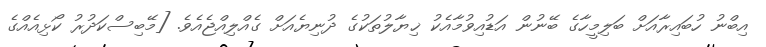
އިބްނު ހުބައިރާއަށް ބަލިމީހާގެ ބޭނުން އަޑުއިވުމާއެކު ޚިޔާލުތަކުގެ ދުނިޔެއަށް ގެއްލިއްޖެއެވެ. [މޭބިސްކަދުރު ކޯޅިއެއްގެ